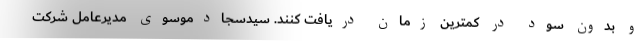
و بدون سود در کمترین زمان دریافت کنند. سیدسجادموسوی مدیرعامل شرکت